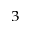
^ { 3 }